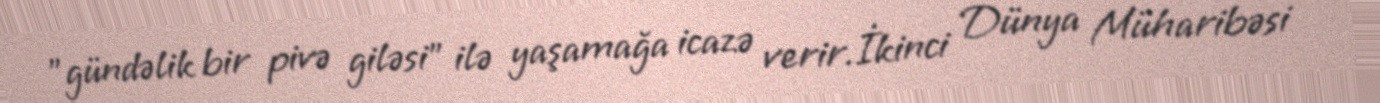
"gündəlik bir pivə giləsi" ilə yaşamağa icazə verir.İkinci Dünya Müharibəsi